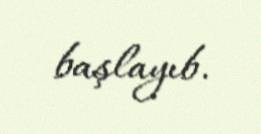
başlayıb.